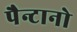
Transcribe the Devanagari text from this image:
पैन्टानो